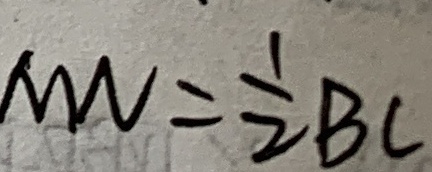
M N = \frac { 1 } { 2 } B C